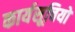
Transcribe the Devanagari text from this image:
कार्यसूचियों